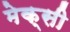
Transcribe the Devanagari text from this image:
मेक्सी